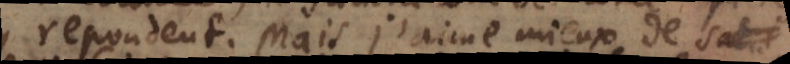
repondent. Mais j’aime mieux de satisfaire